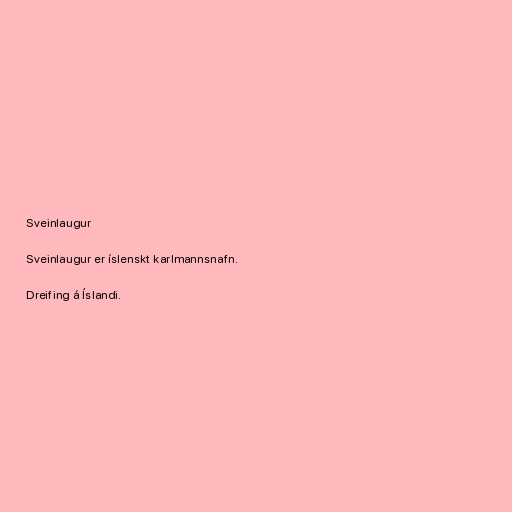
Sveinlaugur

Sveinlaugur er íslenskt karlmannsnafn.

Dreifing á Íslandi.